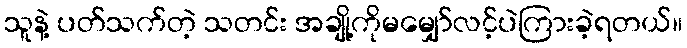
သူနဲ့ ပတ်သက်တဲ့ သတင်း အချို့ကိုမမျှော်လင့်ပဲကြားခဲ့ရတယ်။